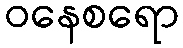
ဝနေစရော